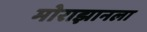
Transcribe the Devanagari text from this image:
मोराझानला